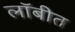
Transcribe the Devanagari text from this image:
लॉबीत